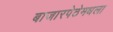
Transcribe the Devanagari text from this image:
बाजारपेठेमधला